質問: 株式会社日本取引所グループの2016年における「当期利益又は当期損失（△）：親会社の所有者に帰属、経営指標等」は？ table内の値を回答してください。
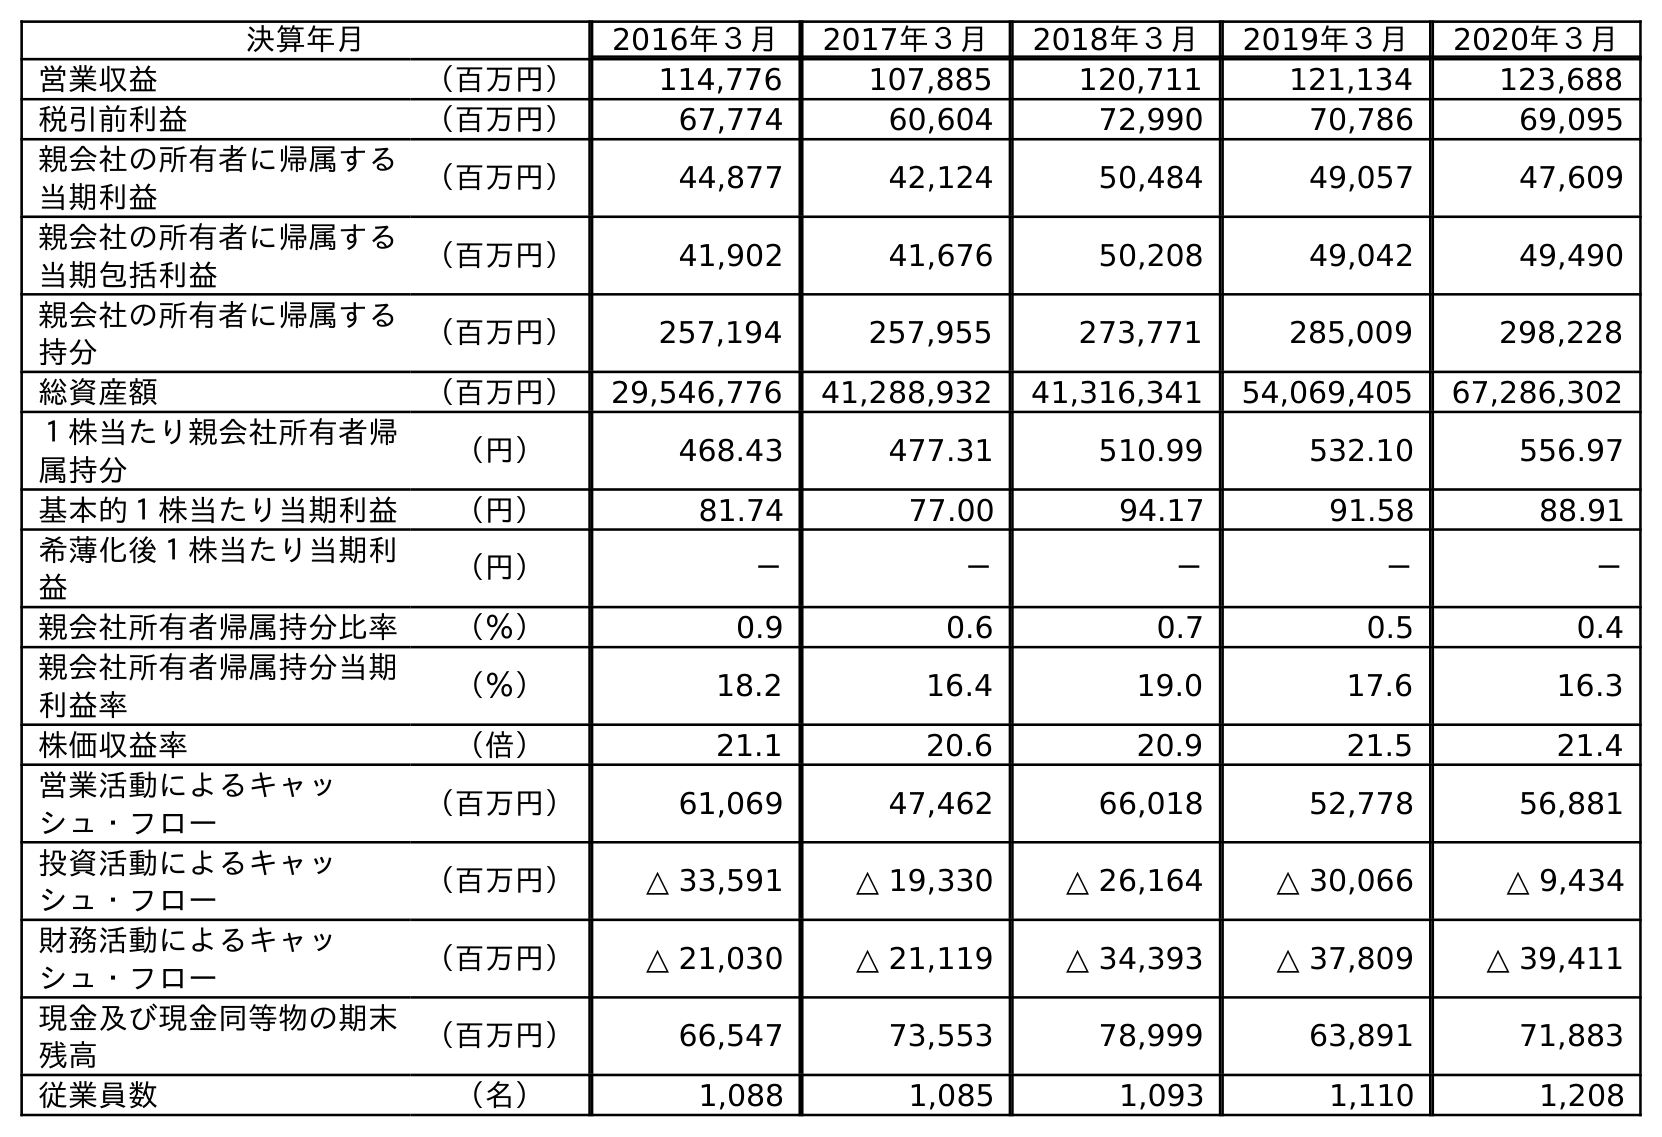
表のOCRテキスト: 決算年月 2016年３月 2017年３月 2018年３月 2019年３月 2020年３月 営業収益 （百万円） 114,776 107,885 120,711 121,134 123,688 税引前利益 （百万円） 67,774 60,604 72,990 70,786 69,095 親会社の所有者に帰属する 当期利益 （百万円） 44,877 42,124 50,484 49,057 47,609 親会社の所有者に帰属する 当期包括利益 （百万円） 41,902 41,676 50,208 49,042 49,490 親会社の所有者に帰属する 持分 （百万円） 257,194 257,955 273,771 285,009 298,228 総資産額 （百万円） 29,546,776 41,288,932 41,316,341 54,069,405 67,286,302 １株当たり親会社所有者帰 属持分 （円） 468.43 477.31 510.99 532.10 556.97 基本的１株当たり当期利益 （円） 81.74 77.00 94.17 91.58 88.91 希薄化後１株当たり当期利 益 （円） － － － － － 親会社所有者帰属持分比率 （％） 0.9 0.6 0.7 0.5 0.4 親会社所有者帰属持分当期 利益率 （％） 18.2 16.4 19.0 17.6 16.3 株価収益率 （倍） 21.1 20.6 20.9 21.5 21.4 営業活動によるキャッ シュ・フロー （百万円） 61,069 47,462 66,018 52,778 56,881 投資活動によるキャッ シュ・フロー （百万円） △ 33,591 △ 19,330 △ 26,164 △ 30,066 △ 9,434 財務活動によるキャッ シュ・フロー （百万円） △ 21,030 △ 21,119 △ 34,393 △ 37,809 △ 39,411 現金及び現金同等物の期末 残高 （百万円） 66,547 73,553 78,999 63,891 71,883 従業員数 （名） 1,088 1,085 1,093 1,110 1,208
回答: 44,877